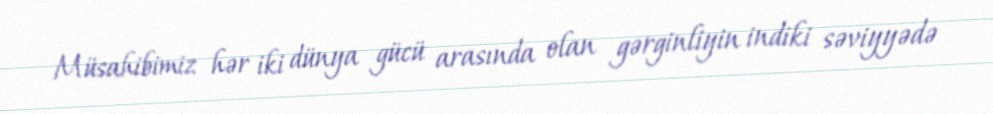
Müsahibimiz hər iki dünya gücü arasında olan gərginliyin indiki səviyyədə